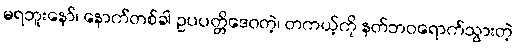
မရဘူးနော်၊ နောက်တစ်ခါ ဥပပတ္တိဒေဝတဲ့၊ တကယ့်ကို နတ်ဘဝရောက်သွားတဲ့